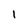
Character: 1